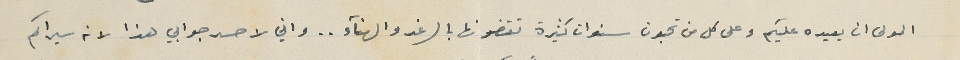
المولى ان يعيده عليكم وعلى كل من تحبون سنوات كثيرة تقضونها بالرغد والهنآء ... واني لاحسد جوابي هذا لانه سيراكم